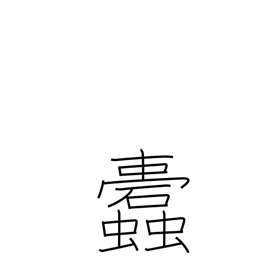
Meaning: insects which eat into clot